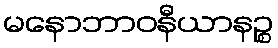
မနောဘာဝနီယာနဉ္စ